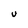
Character: U